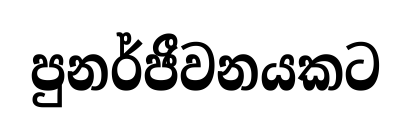
පුනර්ජීවනයකට